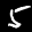
Label: 5